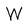
Character: W